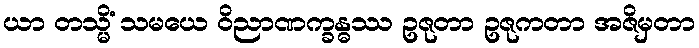
ယာ တသ္မိံ သမယေ ဝိညာဏက္ခန္ဓဿ ဥဇုတာ ဥဇုကတာ အဇိမှတာ